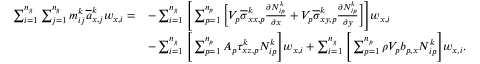
\begin{array} { r l } { \sum _ { i = 1 } ^ { n _ { g } } \sum _ { j = 1 } ^ { n _ { g } } m _ { i j } ^ { k } \overline { { a } } _ { x , j } ^ { k } w _ { x , i } = } & { - \sum _ { i = 1 } ^ { n _ { g } } \Bigg [ \sum _ { p = 1 } ^ { n _ { p } } \bigg [ V _ { p } \overline { { \sigma } } _ { x x , p } ^ { k } \frac { \partial N _ { i p } ^ { k } } { \partial x } + V _ { p } \overline { { \sigma } } _ { x y , p } ^ { k } \frac { \partial N _ { i p } ^ { k } } { \partial y } \bigg ] \Bigg ] w _ { x , i } } \\ & { - \sum _ { i = 1 } ^ { n _ { g } } \Bigg [ \sum _ { p = 1 } ^ { n _ { p } } A _ { p } \tau _ { x z , p } ^ { k } N _ { i p } ^ { k } \Bigg ] w _ { x , i } + \sum _ { i = 1 } ^ { n _ { g } } \Bigg [ \sum _ { p = 1 } ^ { n _ { p } } \rho V _ { p } b _ { p , x } N _ { i p } ^ { k } \Bigg ] w _ { x , i } . } \end{array}